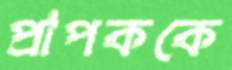
প্রাপককে